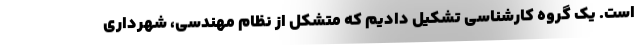
است. یک گروه کارشناسی تشکیل دادیم که متشکل از نظام مهندسی، شهرداری